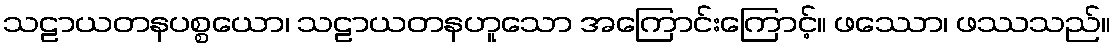
သဠာယတနပစ္စယော၊ သဠာယတနဟူသော အကြောင်းကြောင့်။ ဖဿော၊ ဖဿသည်။